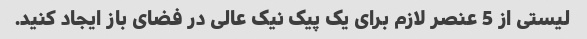
لیستی از 5 عنصر لازم برای یک پیک نیک عالی در فضای باز ایجاد کنید.